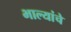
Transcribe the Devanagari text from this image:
भाल्यांचे